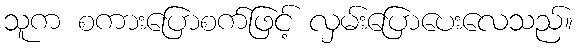
သူက စကားပြောစက်ဖြင့် လှမ်းပြောပေးလေသည်။